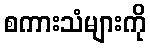
စကားသံများကို